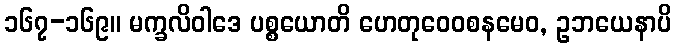
၁၆၇-၁၆၉။ မက္ခလိဝါဒေ ပစ္စယောတိ ဟေတုဝေဝစနမေဝ, ဥဘယေနာပိ